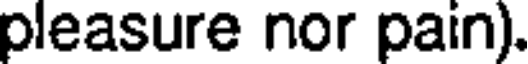
pleasure nor pain).